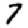
Digit: 7